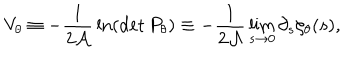
V _ { \theta } \equiv - { \frac { 1 } { 2 { \cal A } } } \ln ( \det P _ { \theta } ) \equiv - { \frac { 1 } { 2 { \cal A } } } \lim _ { s \to 0 } \partial _ { s } \zeta _ { \theta } ( s ) ,